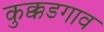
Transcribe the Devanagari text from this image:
कुक्कडगाव